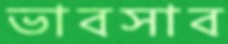
ভাবসাব